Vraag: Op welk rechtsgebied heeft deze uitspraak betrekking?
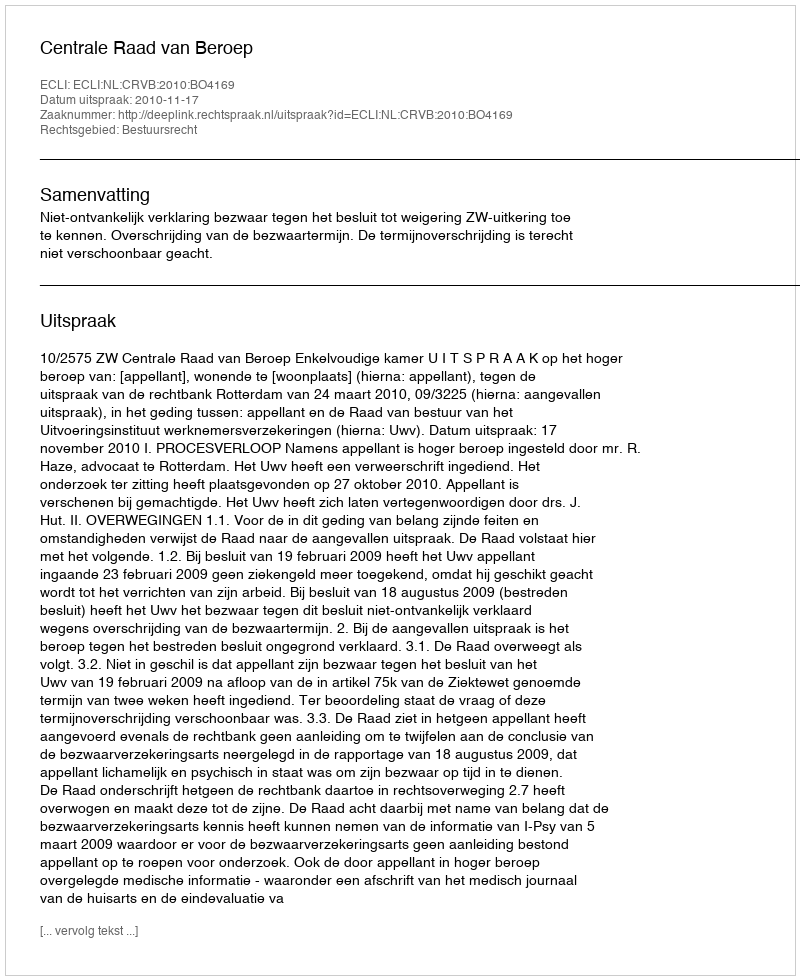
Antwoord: Bestuursrecht